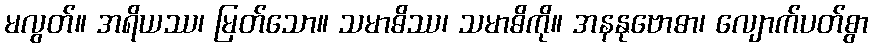
မလွတ်။ အရိယဿ၊ မြတ်သော။ သမာဓိဿ၊ သမာဓိကို။ အနနုဗောဓာ၊ လျောက်ပတ်စွာ